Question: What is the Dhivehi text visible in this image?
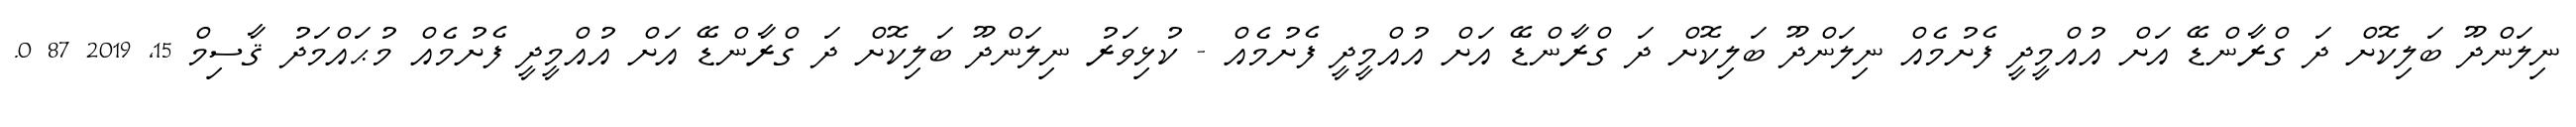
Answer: ނިލަންދޫ ބަލިކޮށް ދަ ގްރާންޑޭ އަށް އުއްމީދީ ފެށުމެއް ނިލަންދޫ ބަލިކޮށް ދަ ގްރާންޑޭ އަށް އުއްމީދީ ފެށުމެއް - ކުޅިވަރު ނިލަންދޫ ބަލިކޮށް ދަ ގްރާންޑޭ އަށް އުއްމީދީ ފެށުމެއް މުޙައްމަދު ޤާސިމް 15, 2019 87 0.